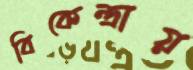
বিকেন্দ্রায়